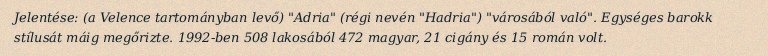
Jelentése: (a Velence tartományban levő) "Adria" (régi nevén "Hadria") "városából való". Egységes barokk stílusát máig megőrizte. 1992-ben 508 lakosából 472 magyar, 21 cigány és 15 román volt.